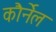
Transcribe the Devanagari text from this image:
कौर्नेल